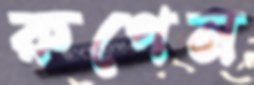
রুপেন